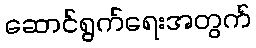
ဆောင်ရွက်ရေးအတွက်